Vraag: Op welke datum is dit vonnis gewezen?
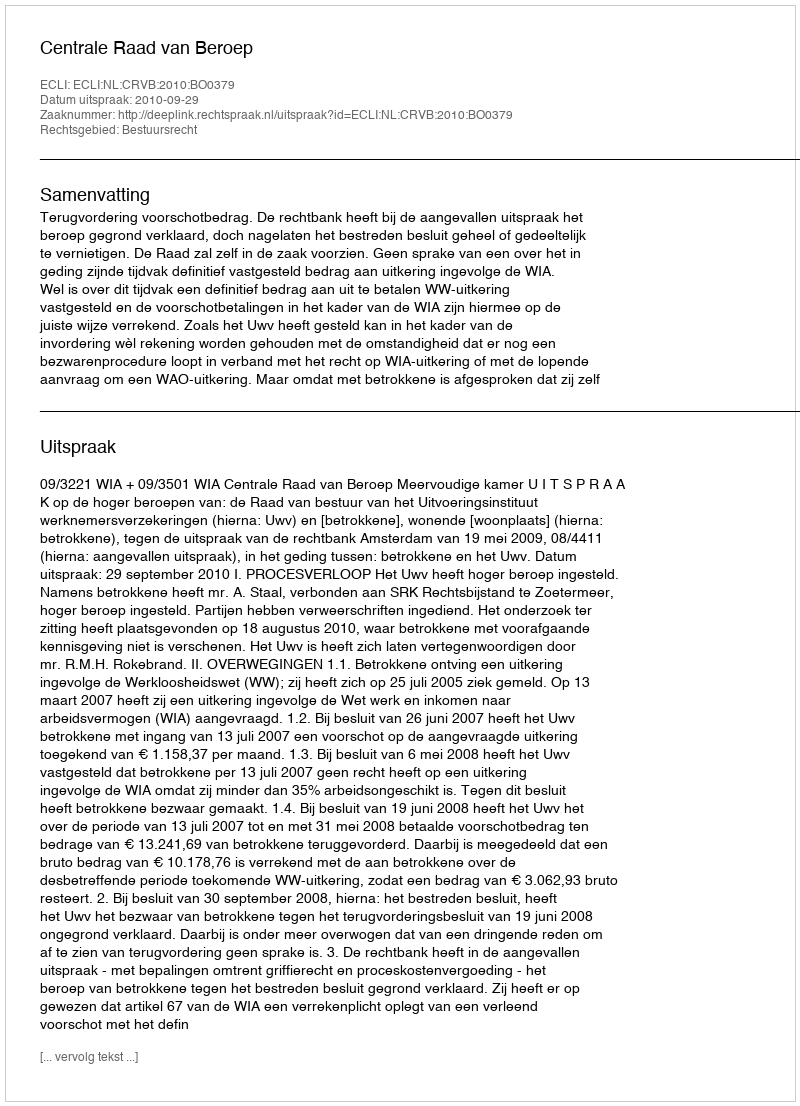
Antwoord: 2010-09-29